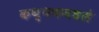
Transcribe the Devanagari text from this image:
कथ्थकमधले